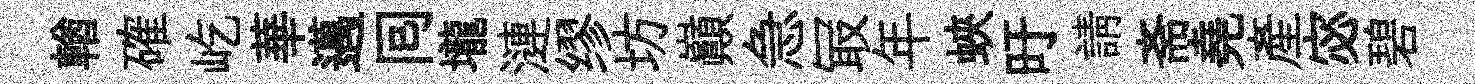
輶確屹華邁囘壠漣缪坊巔急冣年蛺旴請斋堯産宓碧